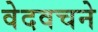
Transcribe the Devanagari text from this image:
वेदवचने